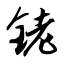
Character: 铑